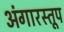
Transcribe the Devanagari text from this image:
अंगारस्तूप